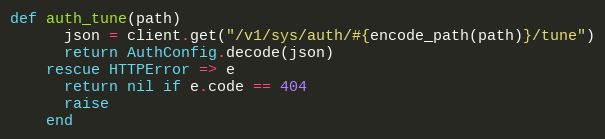
Language: Ruby
def auth_tune(path)
      json = client.get("/v1/sys/auth/#{encode_path(path)}/tune")
      return AuthConfig.decode(json)
    rescue HTTPError => e
      return nil if e.code == 404
      raise
    end